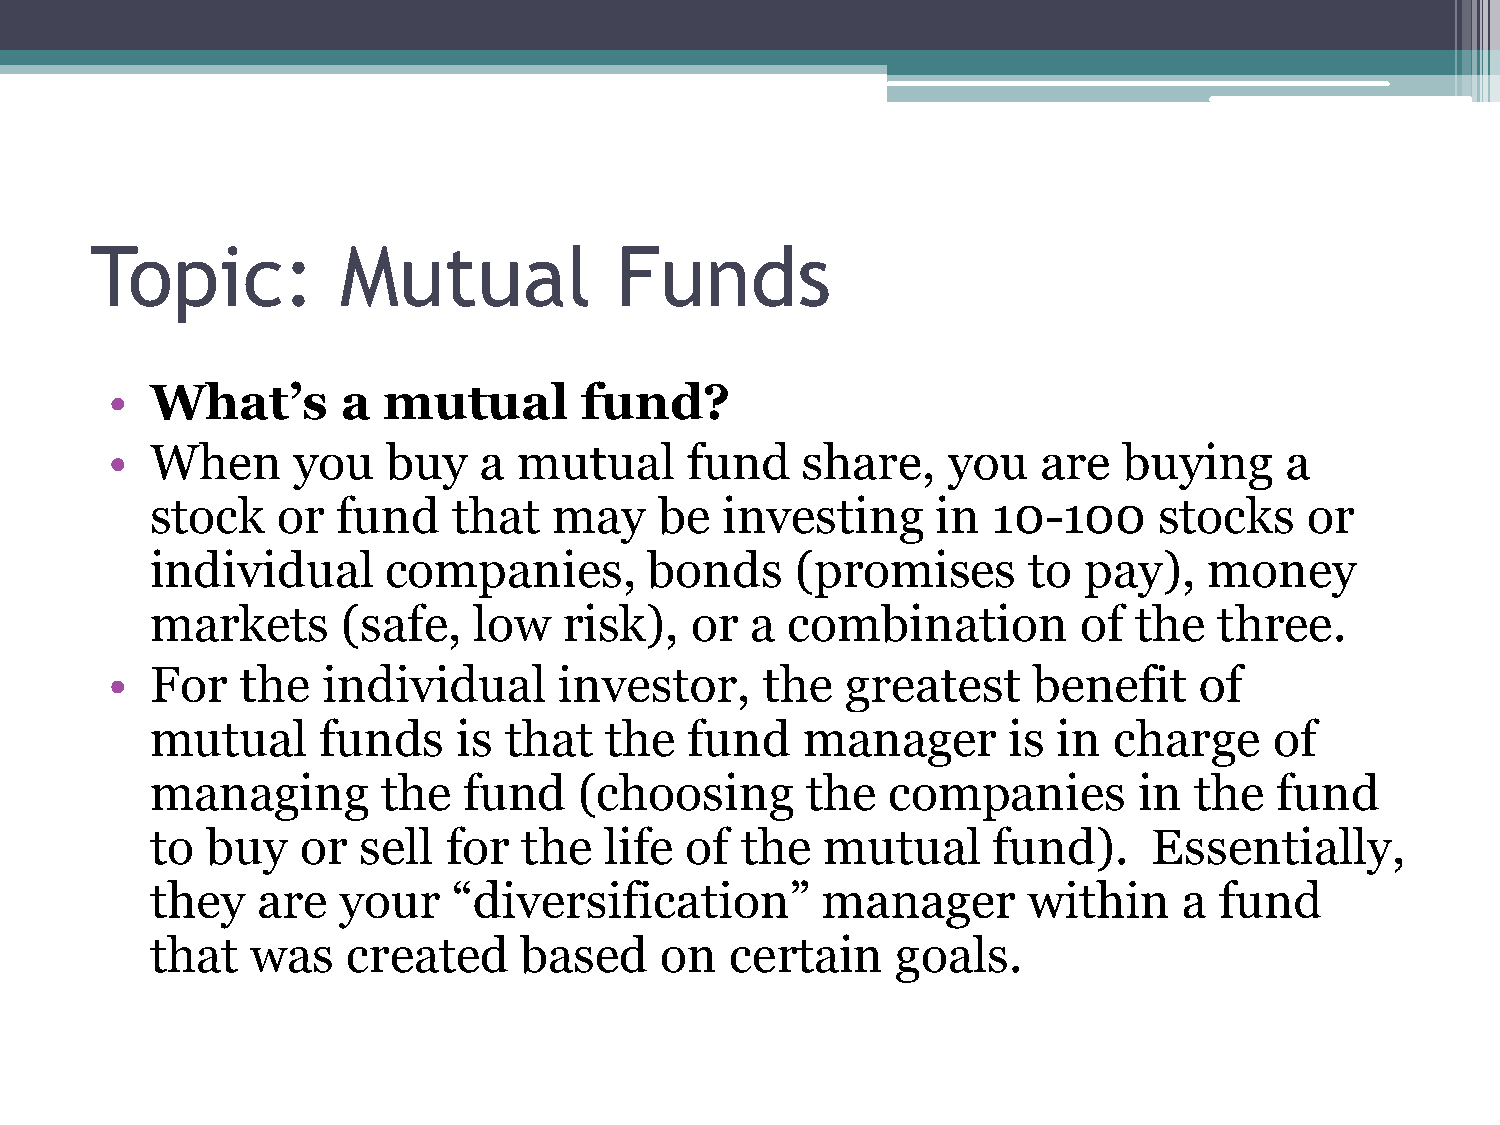
Topic:          Mutual             Funds
 •  What’s       a mutual        fund?
 •  When     you    buy   a mutual     fund    share,    you   are  buying     a
 stock   or  fund    that   may    be  investing     in  10-100     stocks    or
 individual      companies,       bonds     (promises      to  pay),   money
 markets      (safe,  low   risk),   or  a combination        of  the   three.
 •  For   the  individual      investor,    the   greatest    benefit    of
 mutual     funds    is that   the   fund   manager       is in  charge    of
 managing       the   fund   (choosing      the   companies       in  the   fund
 to  buy   or  sell  for  the  life of  the   mutual     fund).    Essentially,
 they   are  your    “diversification”       manager       within    a  fund
 that   was   created     based    on  certain    goals.